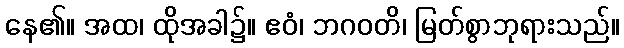
နေ၏။ အထ၊ ထိုအခါ၌။ ဧဝံ၊ ဘဂဝတိ၊ မြတ်စွာဘုရားသည်။